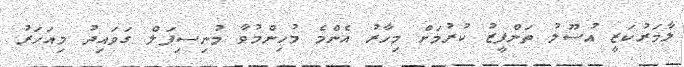
ލާމަރުކަޒީ އުސޫލު ތަންފީޒު ކުރުމަށް މިހާރު އެންމެ މުހިންމުވާ މުނިސިޕަލް ގަވައިދު މިއަހަރު